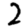
Digit: 2